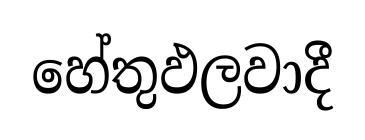
හේතුඵලවාදී